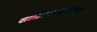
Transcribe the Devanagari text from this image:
साहित्यपद्धतीच्या